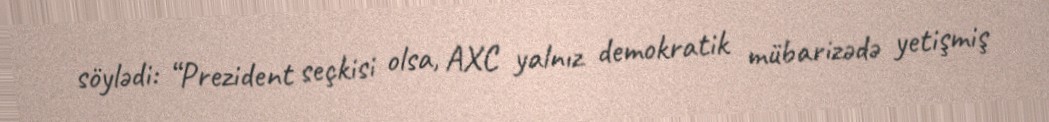
söylədi: “Prezident seçkisi olsa, AXC yalnız demokratik mübarizədə yetişmiş